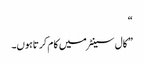
“
” کال سینٹر میں کا م کرتاہوں۔